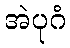
အဲပုဂံ